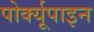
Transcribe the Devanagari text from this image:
पोर्क्यूपाइन